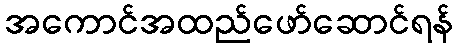
အကောင်အထည်ဖော်ဆောင်ရန်